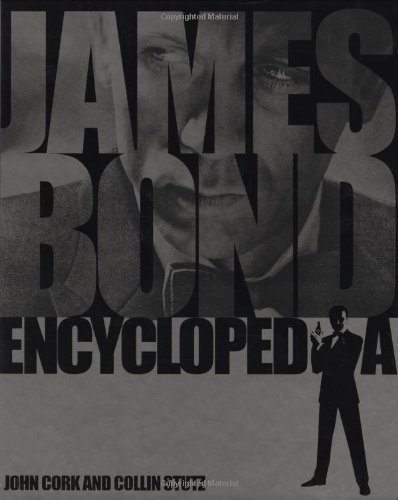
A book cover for James Bond Encyclopedia; John Cork; Humor & Entertainment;